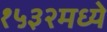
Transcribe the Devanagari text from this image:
१५३२मध्ये